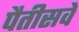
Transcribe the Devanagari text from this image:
पैतीसवें